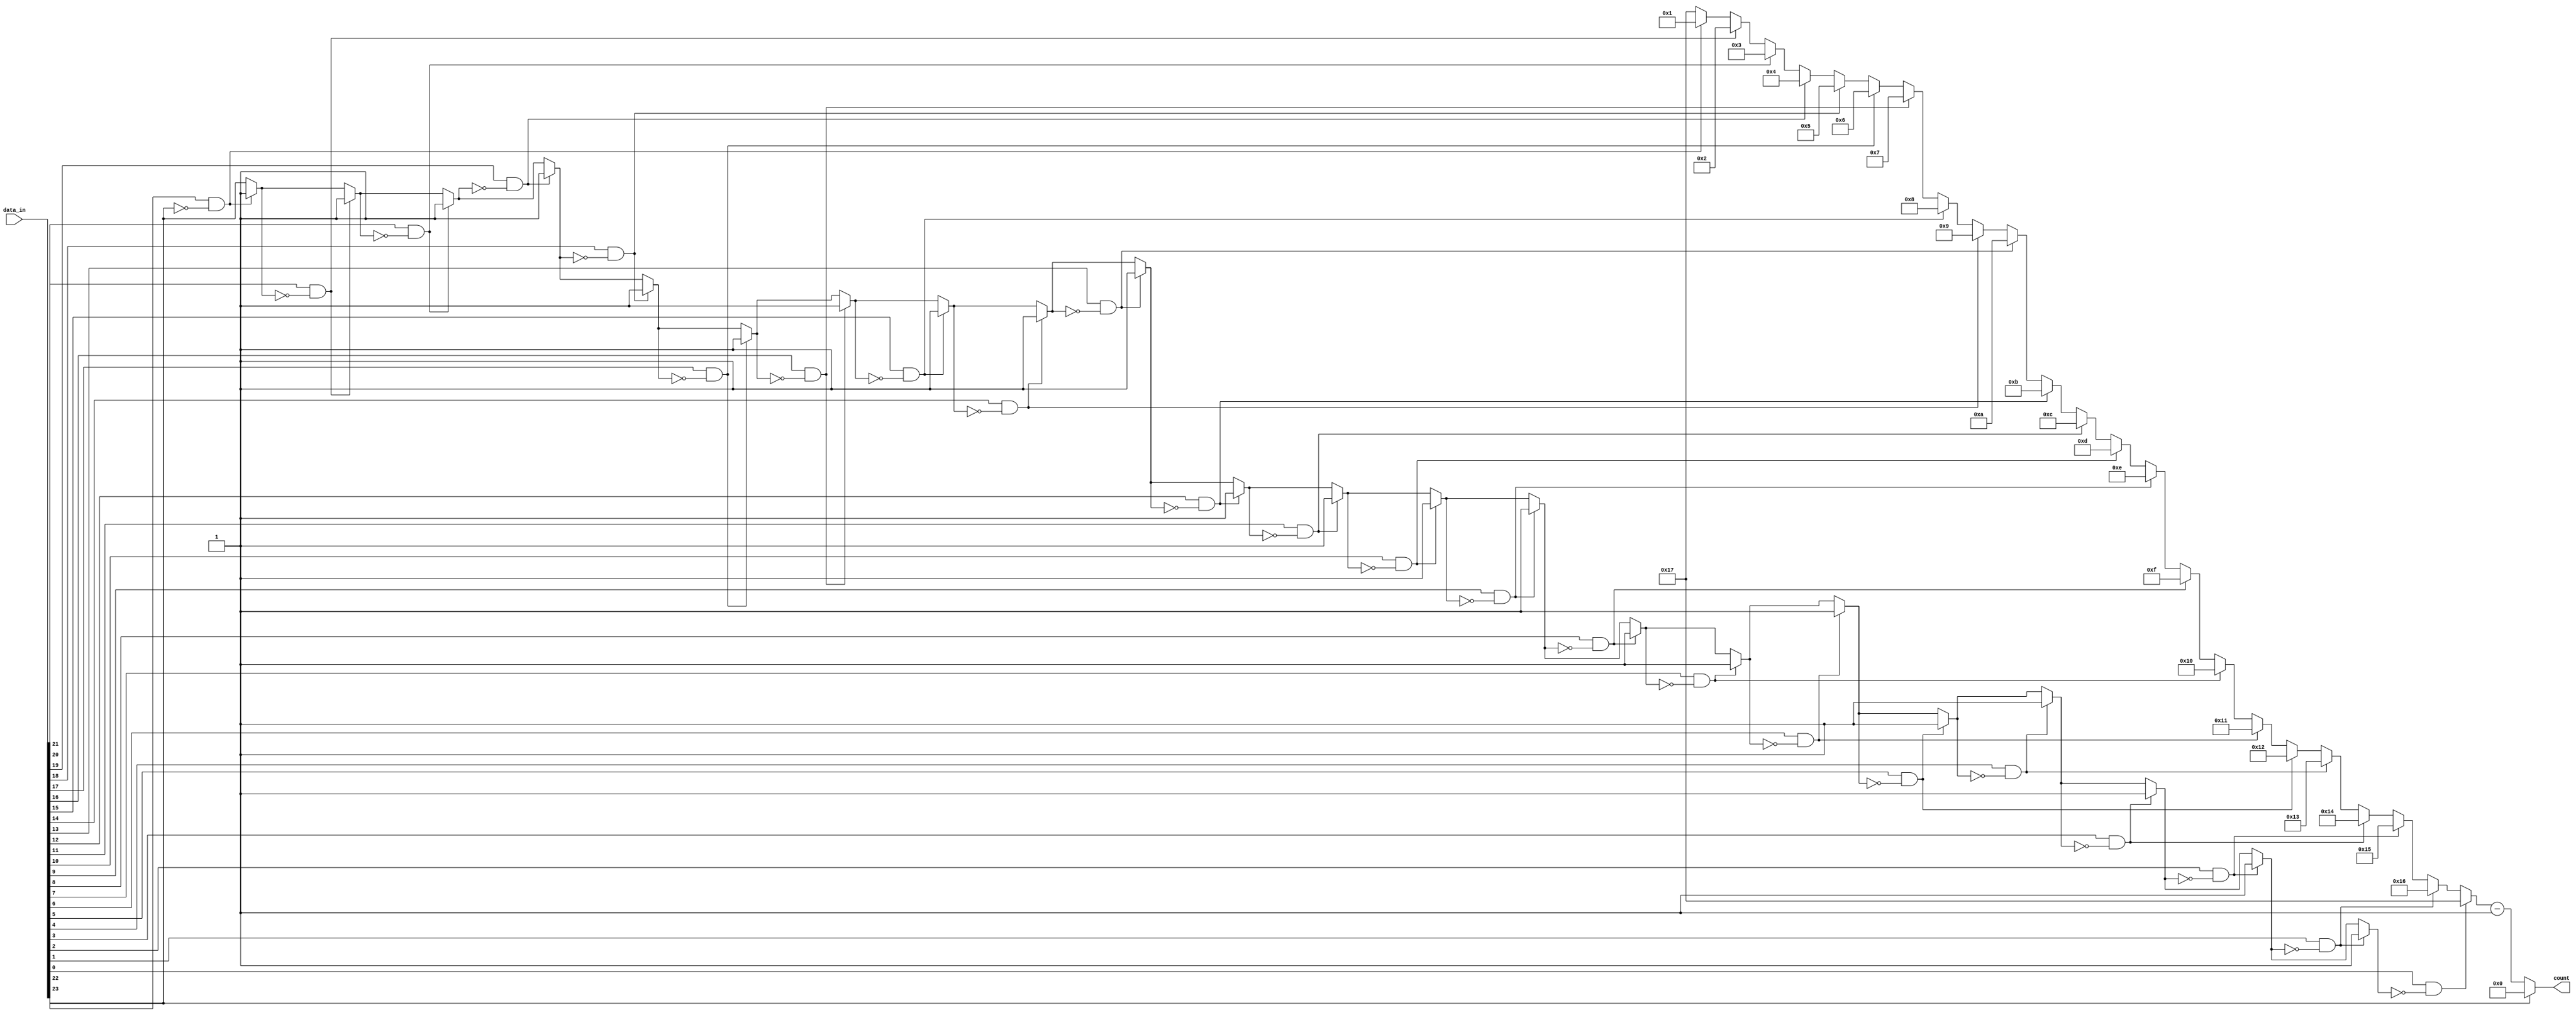
module lzc_sqrt
(
    input   [23:0]  data_in,  
    output  [4:0]   count
);
    
integer i;
reg [4:0] leading_zeros;
reg       first_bit;

always @(*) begin
    leading_zeros = 5'b10111; // Initialize to all ones (no leading zeros)
    first_bit = data_in[23];

    for (i = 23; i >= 0; i = i - 1) begin
        if ((data_in[i] == 1'b1) & (first_bit == 1'b0)) begin
            leading_zeros = 5'b10111 - i; // Count leading zeros
            first_bit = 1'b1;
        end
    end
end

assign count = (data_in[23]) ? 0 : (leading_zeros - 1'b1);

endmodule